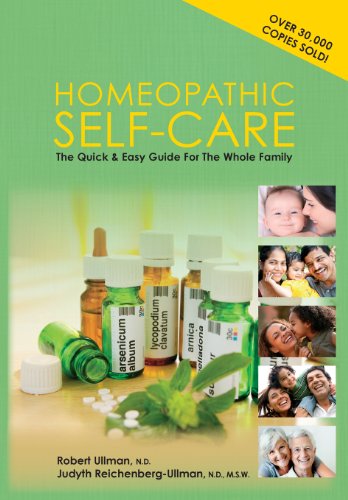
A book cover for Homeopathic Self-Care: The Quick and Easy Guide for the Whole Family; Robert Ullman; Health, Fitness & Dieting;